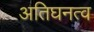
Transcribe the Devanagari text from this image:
अतिघनत्व